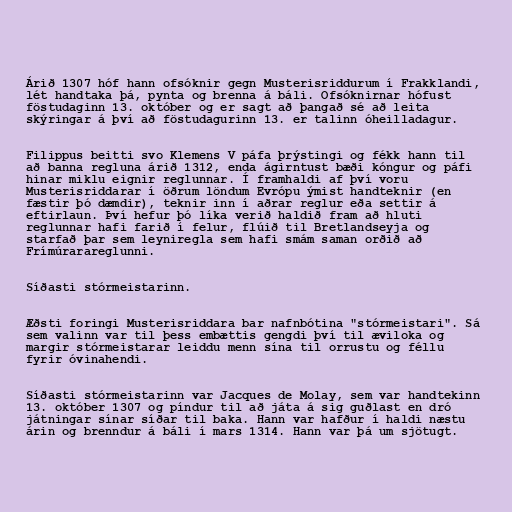
Árið 1307 hóf hann ofsóknir gegn Musterisriddurum í Frakklandi,
lét handtaka þá, pynta og brenna á báli. Ofsóknirnar hófust
föstudaginn 13. október og er sagt að þangað sé að leita
skýringar á því að föstudagurinn 13. er talinn óheilladagur.

Filippus beitti svo Klemens V páfa þrýstingi og fékk hann til
að banna regluna árið 1312, enda ágirntust bæði kóngur og páfi
hinar miklu eignir reglunnar. Í framhaldi af því voru
Musterisriddarar í öðrum löndum Evrópu ýmist handteknir (en
fæstir þó dæmdir), teknir inn í aðrar reglur eða settir á
eftirlaun. Því hefur þó líka verið haldið fram að hluti
reglunnar hafi farið í felur, flúið til Bretlandseyja og
starfað þar sem leyniregla sem hafi smám saman orðið að
Frímúrarareglunni.

Síðasti stórmeistarinn.

Æðsti foringi Musterisriddara bar nafnbótina "stórmeistari". Sá
sem valinn var til þess embættis gengdi því til æviloka og
margir stórmeistarar leiddu menn sína til orrustu og féllu
fyrir óvinahendi.

Síðasti stórmeistarinn var Jacques de Molay, sem var handtekinn
13. október 1307 og píndur til að játa á sig guðlast en dró
játningar sínar síðar til baka. Hann var hafður í haldi næstu
árin og brenndur á báli í mars 1314. Hann var þá um sjötugt.